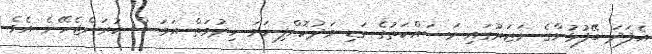
އެފަދަ ބޭފުޅުންގެ ނަޒަރުގައި މަސައްކަތުގެ ގަޑި މަދުކޮށްފިނަމަ ހިދުމަތް އަވަސް ކުރަންޖެހޭނެ އެވެ.